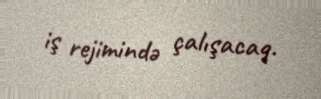
iş rejimində çalışacaq.